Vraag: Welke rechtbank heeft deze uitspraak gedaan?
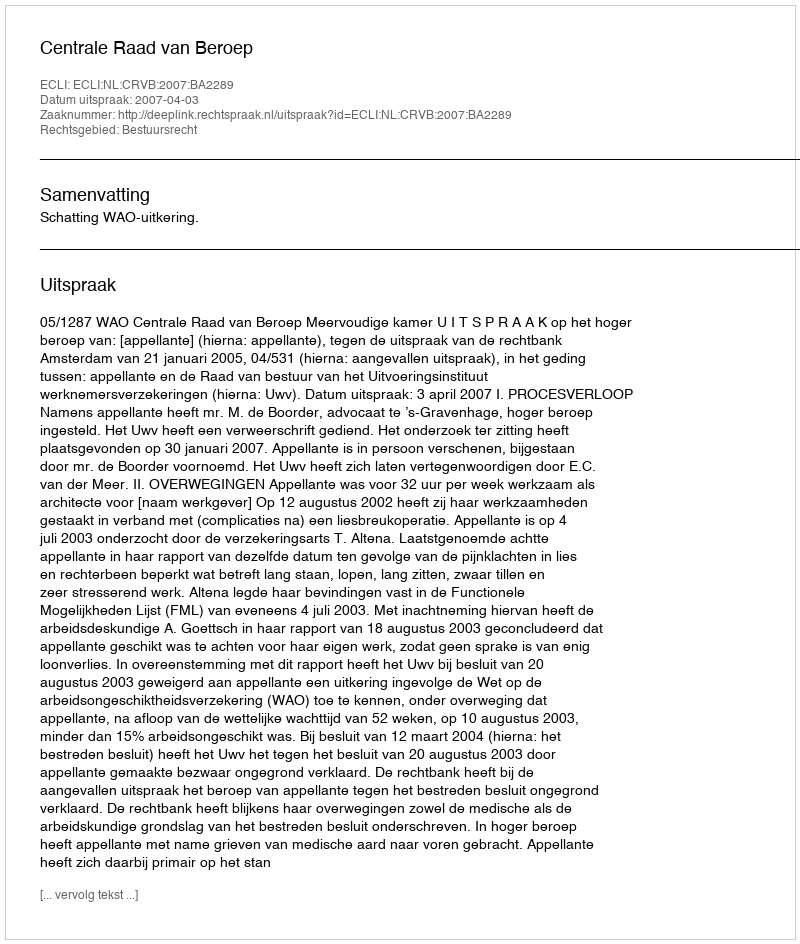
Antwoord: Centrale Raad van Beroep